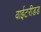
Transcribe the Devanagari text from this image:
वाईटरीडड